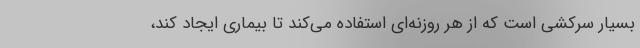
بسیار سرکشی است که از هر روزنه‌ای استفاده می‌کند تا بیماری ایجاد کند،